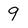
Character: 9